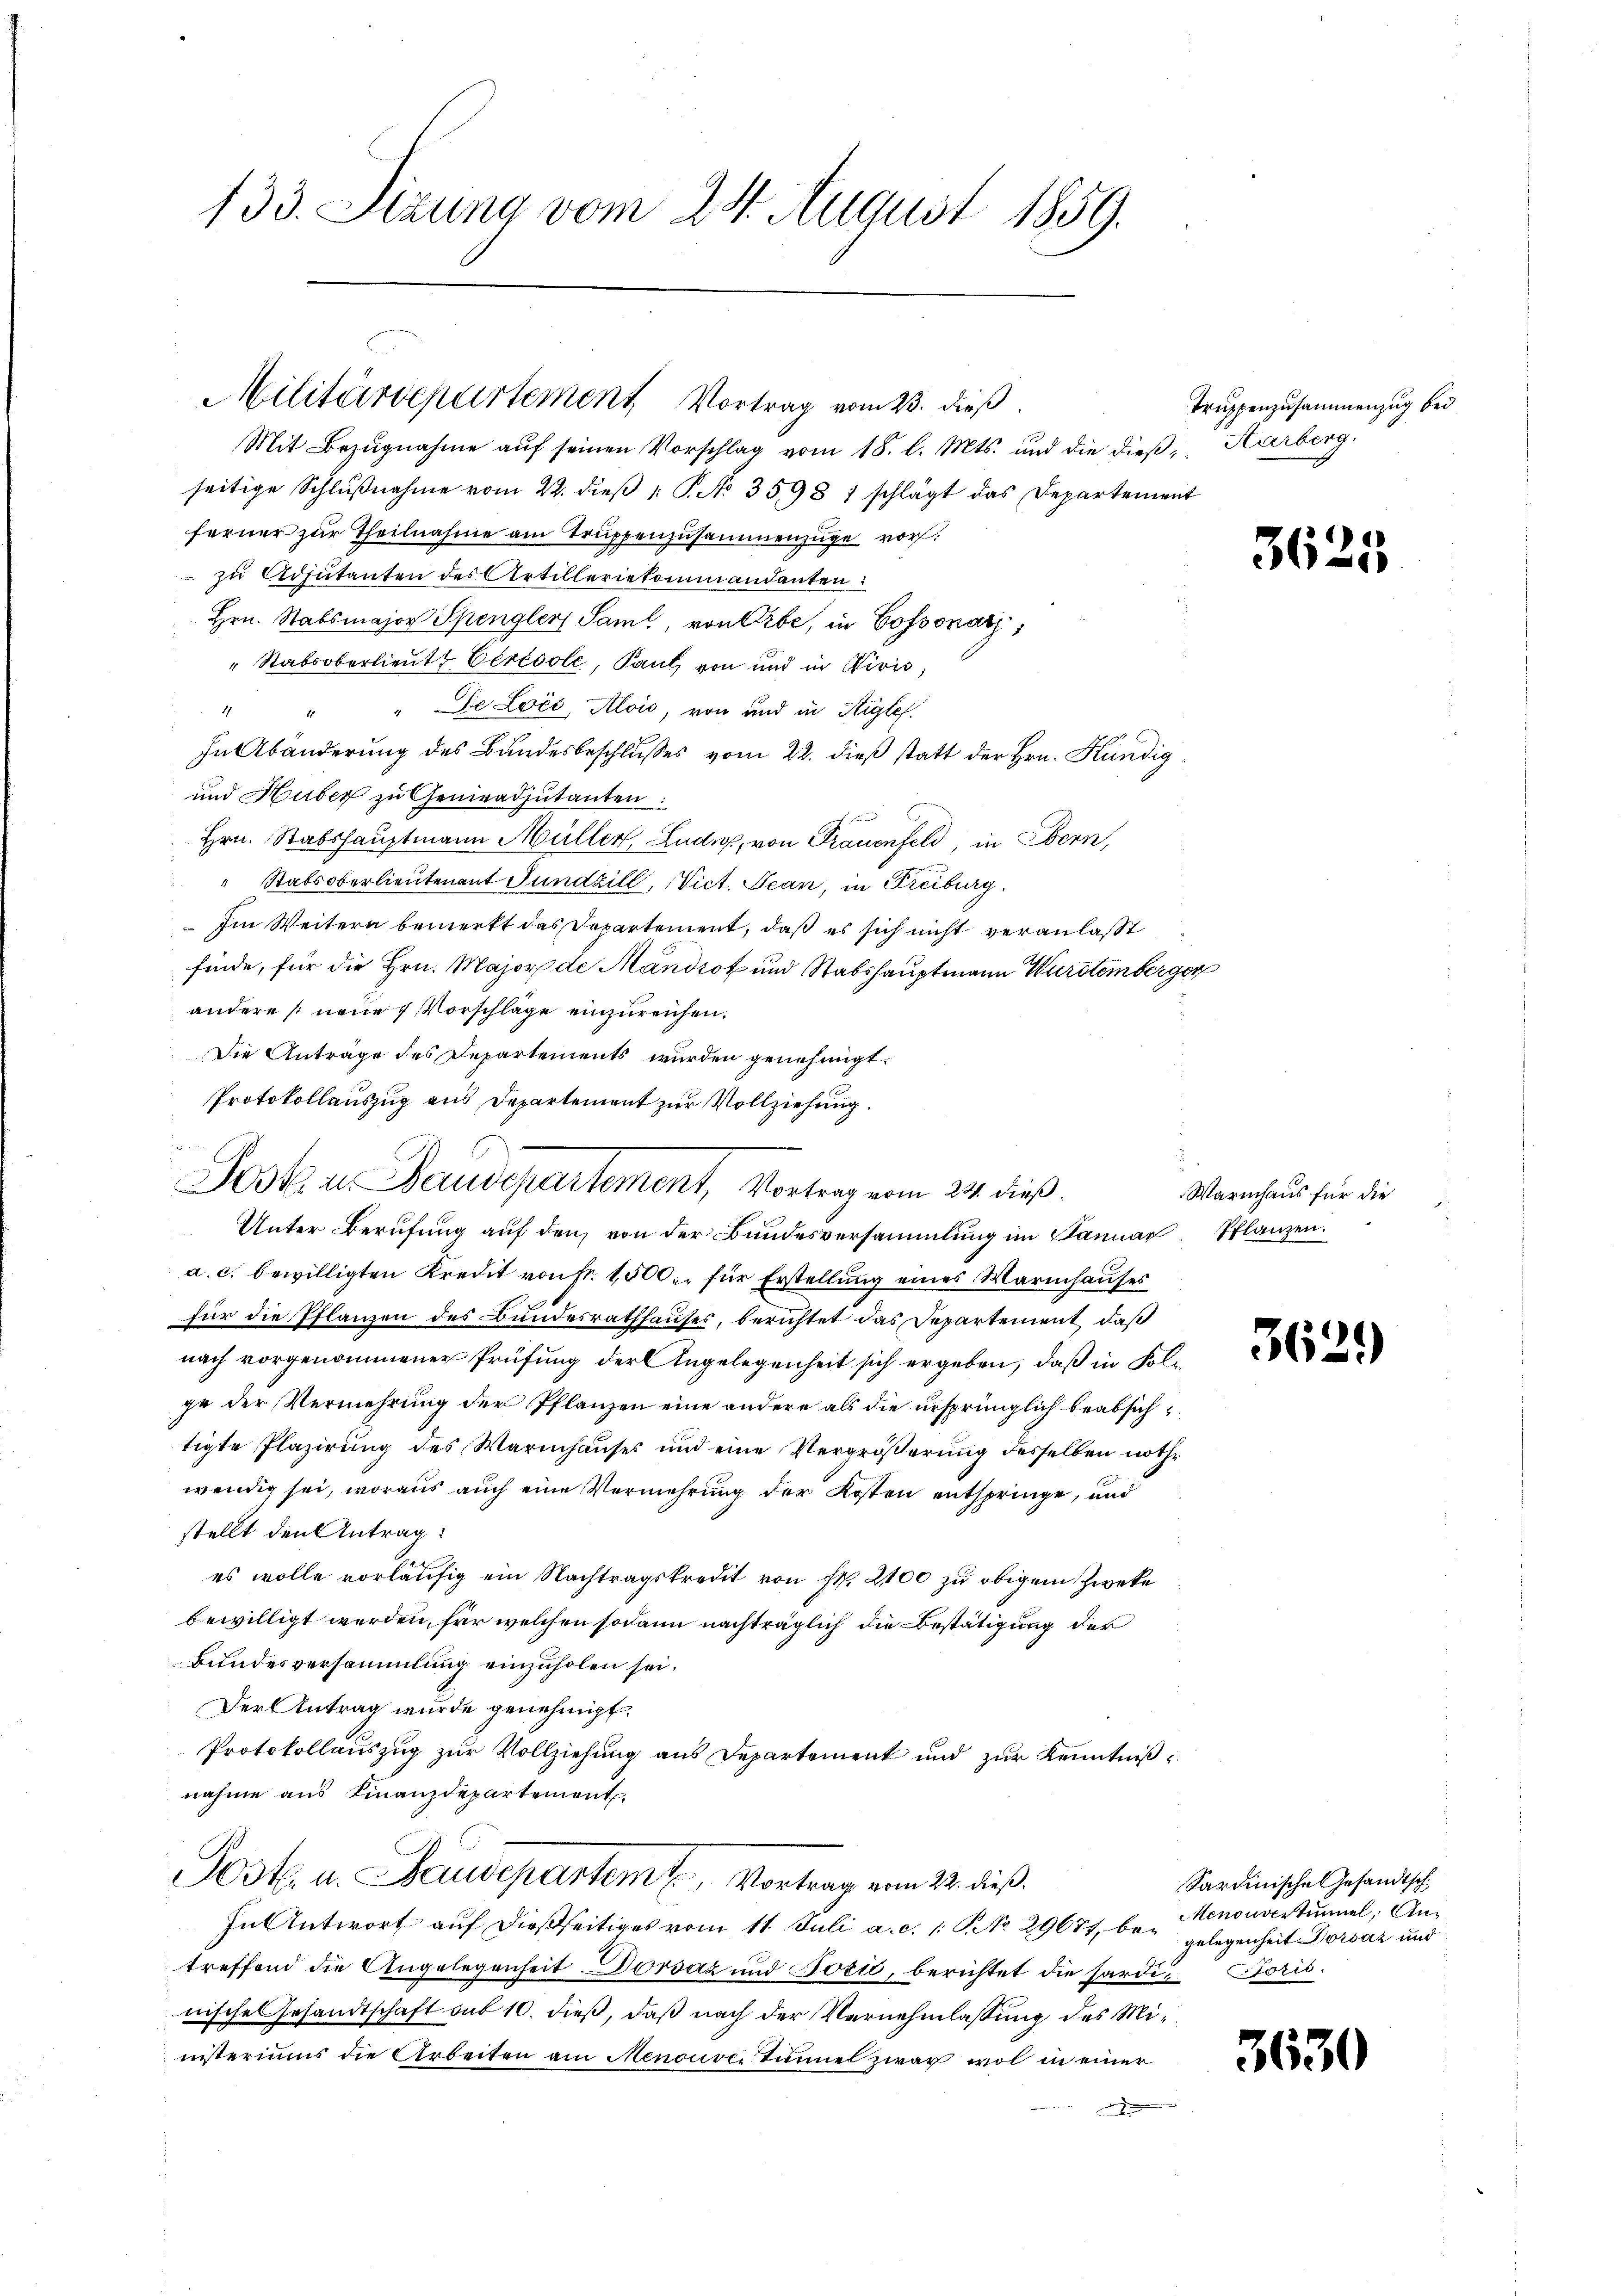
133. Sizung vom 24. August 1859.

Militärdepartement Vortrag vom 23. dieβ.

Mit Bezŭgnahme aŭf seinen Vorschlag vom 18. l. Mts. und die dieβ, Karberg.
seitige Schlŭβnahme vom 22. dieβ  P. No 3598 1 schlägt das Departement
ferner zur Theilnahme am Truppenzusammenzüge vorzu Adjutanten des Artilleriekommandanten:
Hrn. Stabsmajor Spengler Saml, von Erbe, in Cossonar,
"Stabsoberlieutt Cérésole, Paul von und in Direk¬
" "De Lois, Alois, von und in Aiglef.
17.
In Abänderung des Bundesbeschlusses vom 22. dieß statt der Hrn. Kündig¬
und Huber zu Genieadjutanten:
Hrn. Stabshauptmann Müller, Ludi, von Frauenfeld, in Bern,
" Stabsoberlieutenant Fundzill, Vict. Jean, in Freiburg.
 Im Weitern bemerkt das Departement, daß es sich nicht veranlaßt
finde, für die Hrn. Major de Mändrot und Stabshauptmann Wursteinberger
andere neue Vorschläge einzureichen.
Die Antrage des Departements wurden genehmigt.
Protokollenszug aus Departement zur Vollziehung.
Unter Berufung auf den von der Bundesversammlung im Januar Pflanzen.
a. c. bewilligten Kredit von Fr. 1500. für Erstellung eines Warmhauses
für die Pflanzen des Bundesrathhauses, berichtet das Departement, daß
nach vorgenommener Prüfung der Angelegenheit sich ergeben, daß in Folge der Vermehrung der Pflanzen eine andere als die ursprünglich beabsichtigte Plazirung des Warmhauses und eine Vergrößerung desselben nothwendig sei, woraus auch eine Vermehrung der Kosten entspringe, und
stellt den Antrag:
es wolle vorläufig ein Nachtragskredit von fl. 2100 zu obigem Zweke
bewilligt werden, für welchen sodann nachträglich die Bestätigung der
Bundesversammlung einzuholen sei.
Der Antrag wurde genehmigt.
Protokollauszug zur Vollziehung aus Departement und zur Kenntniß
nahme aus Finanzdepartement
sich
Sost. u. Laudepartem t, Vortrag vom 22. dieß.
In Antwort auf dießseitiges vom 11. Juli a. c. 1 No 29671, be- Menouvertümmel, Antreffend die Angelegenheit Dorsaz und Bozić, berichtet die hardi Paris.
nische Gesandtschaft sub 10. dieß, daß nach der Vernehmlassung des Miinsteriums die Arbeiten am Menouve Tunnel zwar wol in einer

Post u. Baudepartement, Vortrag vom 24. dieß.

Truppenzusammenzug bei

36.

Warmhaus für die

3629

Sardinisches Gesandtsch
gelegenheit Vorsaz und

3630